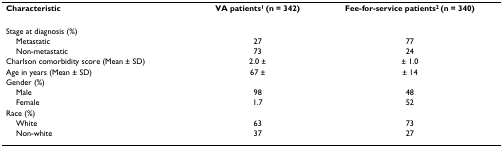
<table><thead><tr><td><b>Characteristic</b></td><td><b>VA patients<sup>1 </sup>(n = 342)</b></td><td><b>Fee-for-service patients<sup>2 </sup>(n = 340)</b></td></tr></thead><tbody><tr><td>Stage at diagnosis (%)</td><td></td><td></td></tr><tr><td> Metastatic</td><td>27</td><td>77</td></tr><tr><td> Non-metastatic</td><td>73</td><td>24</td></tr><tr><td>Charlson comorbidity score (Mean ± SD)</td><td>2.0 ±</td><td>± 1.0</td></tr><tr><td>Age in years (Mean ± SD)</td><td>67 ±</td><td>± 14</td></tr><tr><td>Gender (%)</td><td></td><td></td></tr><tr><td> Male</td><td>98</td><td>48</td></tr><tr><td> Female</td><td>1.7</td><td>52</td></tr><tr><td>Race (%)</td><td></td><td></td></tr><tr><td> White</td><td>63</td><td>73</td></tr><tr><td> Non-white</td><td>37</td><td>27</td></tr></tbody></table>